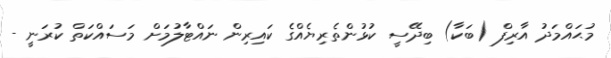
މުޙައްމަދު އާރިފް (ބަކާ) ބިދޭސީ ކުޅުންތެރިޔެއްގެ ކައިރިން ނައްޓާލުމަށް މަސައްކަތް ކުރަނީ -